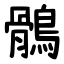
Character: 鶻